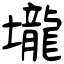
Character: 壠